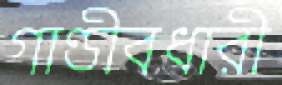
গাণ্ডীবধারী